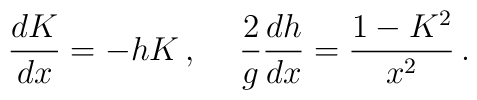
\frac{dK}{dx}=-hK\,,\hspace{5mm}\frac{2}{g}\frac{dh}{dx}=\frac{1-K^2}{x^2}\,.